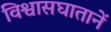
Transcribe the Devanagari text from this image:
विश्वासघातानें